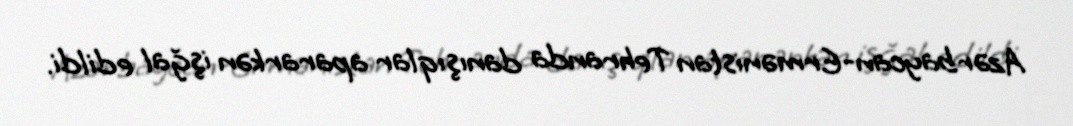
Azərbaycan-Ermənistan Tehranda danışıqlar apararkən işğal edildi.